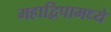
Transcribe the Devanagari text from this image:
महाद्विपामध्ये